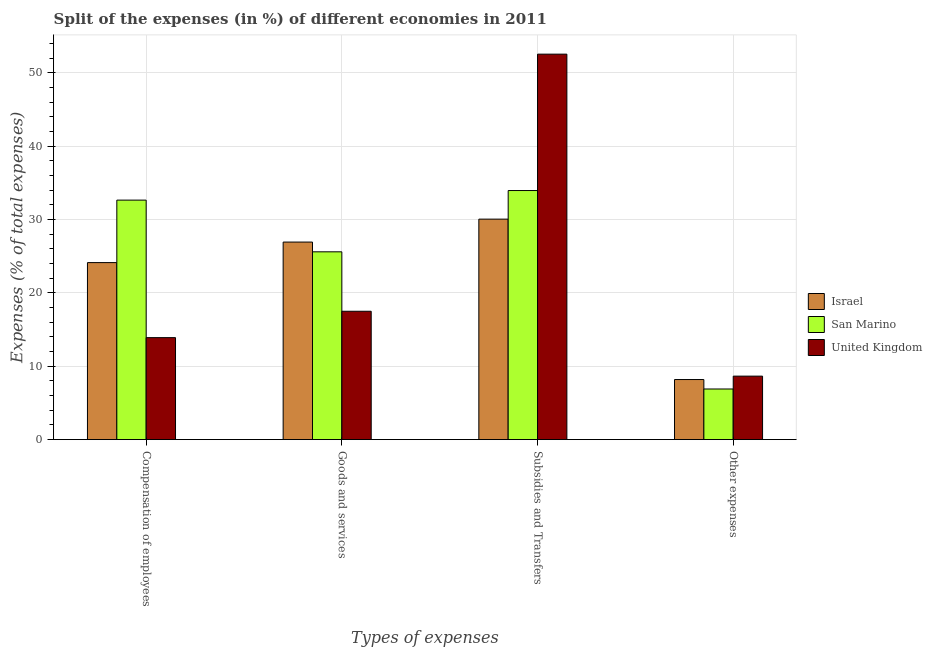
| Types of expenses | Israel | San Marino | United Kingdom |
 | --- | --- | --- | --- |
 | Compensation of employees | 24.1 | 32.6 | 13.9 |
 | Goods and services | 26.9 | 25.6 | 17.5 |
 | Subsidies and Transfers | 30.1 | 34 | 52.5 |
 | Other expenses | 8.19 | 6.9 | 8.65 |